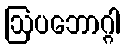
ဩပဘောဂ္ဂါ